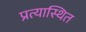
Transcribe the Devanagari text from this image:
प्रत्यास्थित